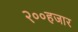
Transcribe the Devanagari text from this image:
२००हजार